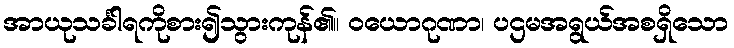
အာယုသင်္ခါရကိုစား၍သွားကုန်၏။ ဝယောဂုဏာ၊ ပဌမအရွယ်အစရှိသော